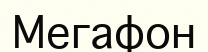
Мегафон